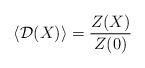
LaTeX: \begin{align*}\left. \langle {\cal D} (X) \rangle = \frac{Z(X)}{Z(0)} \right.\end{align*}